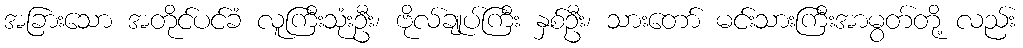
အခြားသော အတိုင်ပင်ခံ လူကြီးသုံးဦး၊ ဗိုလ်ချုပ်ကြီး နှစ်ဦး၊ သားတော် မင်းသားကြီးအာမွတ်တို့ လည်း